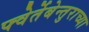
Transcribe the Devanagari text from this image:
फ्वेर्तेबेन्तुराच्या